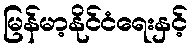
မြန်မာ့နိုင်ငံရေးနှင့်